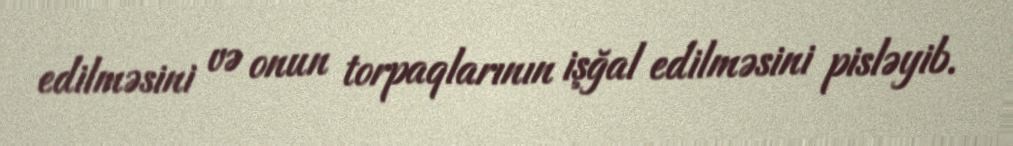
edilməsini və onun torpaqlarının işğal edilməsini pisləyib.